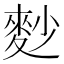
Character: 麨